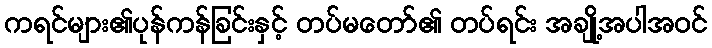
ကရင်များ၏ပုန်ကန်ခြင်းနှင့် တပ်မတော်၏ တပ်ရင်း အချို့အပါအဝင်